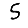
Digit: 5